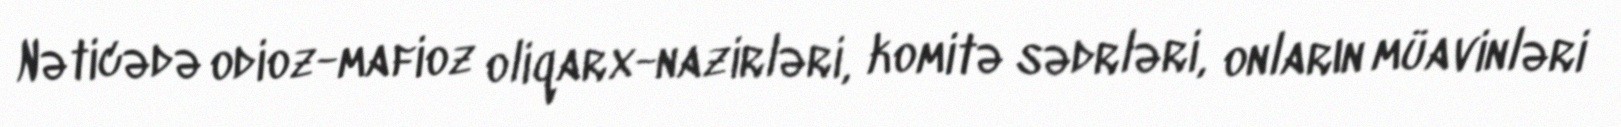
Nəticədə odioz-mafioz oliqarx-nazirləri, komitə sədrləri, onların müavinləri